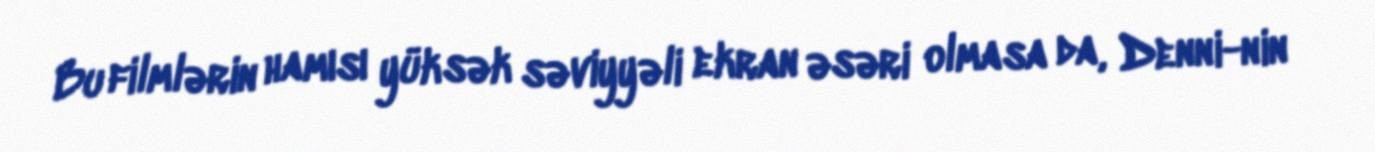
Bu filmlərin hamısı yüksək səviyyəli ekran əsəri olmasa da, Denni-nin